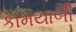
કામયાબી